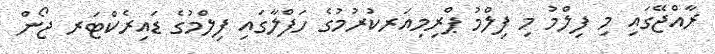
ރާއްޖޭގައި މި ފިލްމު މި ފިލްމު ޕްރިމިއަރކުރުމުގެ ހަފްލާގައި ފިލްމުގެ ޑައިރެކްޓަރ ޖޯން